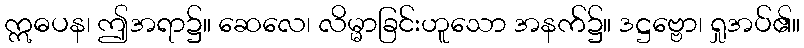
ဣဓပန၊ ဤအရာ၌။ ဆေလေ၊ လိမ္မာခြင်းဟူသော အနက်၌။ ဒဋ္ဌဗ္ဗော၊ ရှုအပ်၏။